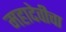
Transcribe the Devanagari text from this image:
महादेवीचा